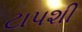
ટાપશી